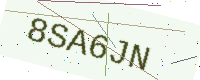
Text: 8SA6JN